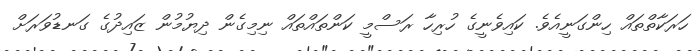
ހަރަކާތްތައް ހިންގަނީއެވެ. ކައިވެނީގެ ހުރިހާ ރަސްމީ ކަންތައްތައް ނިމިގެން ދިޔުމުން ޒައިދުގެ ގަނޑުވަރަށް